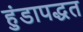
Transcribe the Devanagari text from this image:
हुंडापद्धत